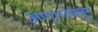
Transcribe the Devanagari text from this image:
अणुभट्यातून